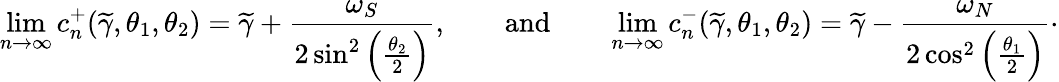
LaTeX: \operatorname*{lim}_{n\to\infty}c_{n}^{+}(\widetilde{\gamma},\theta_{1},\theta_{2})=\widetilde{\gamma}+\frac{\omega_{S}}{2\sin^{2}\left(\frac{\theta_{2}}{2}\right)},\qquad\textnormal{and}\qquad\operatorname*{lim}_{n\to\infty}c_{n}^{-}(\widetilde{\gamma},\theta_{1},\theta_{2})=\widetilde{\gamma}-\frac{\omega_{N}}{2\cos^{2}\left(\frac{\theta_{1}}{2}\right)}\cdot